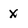
Character: x